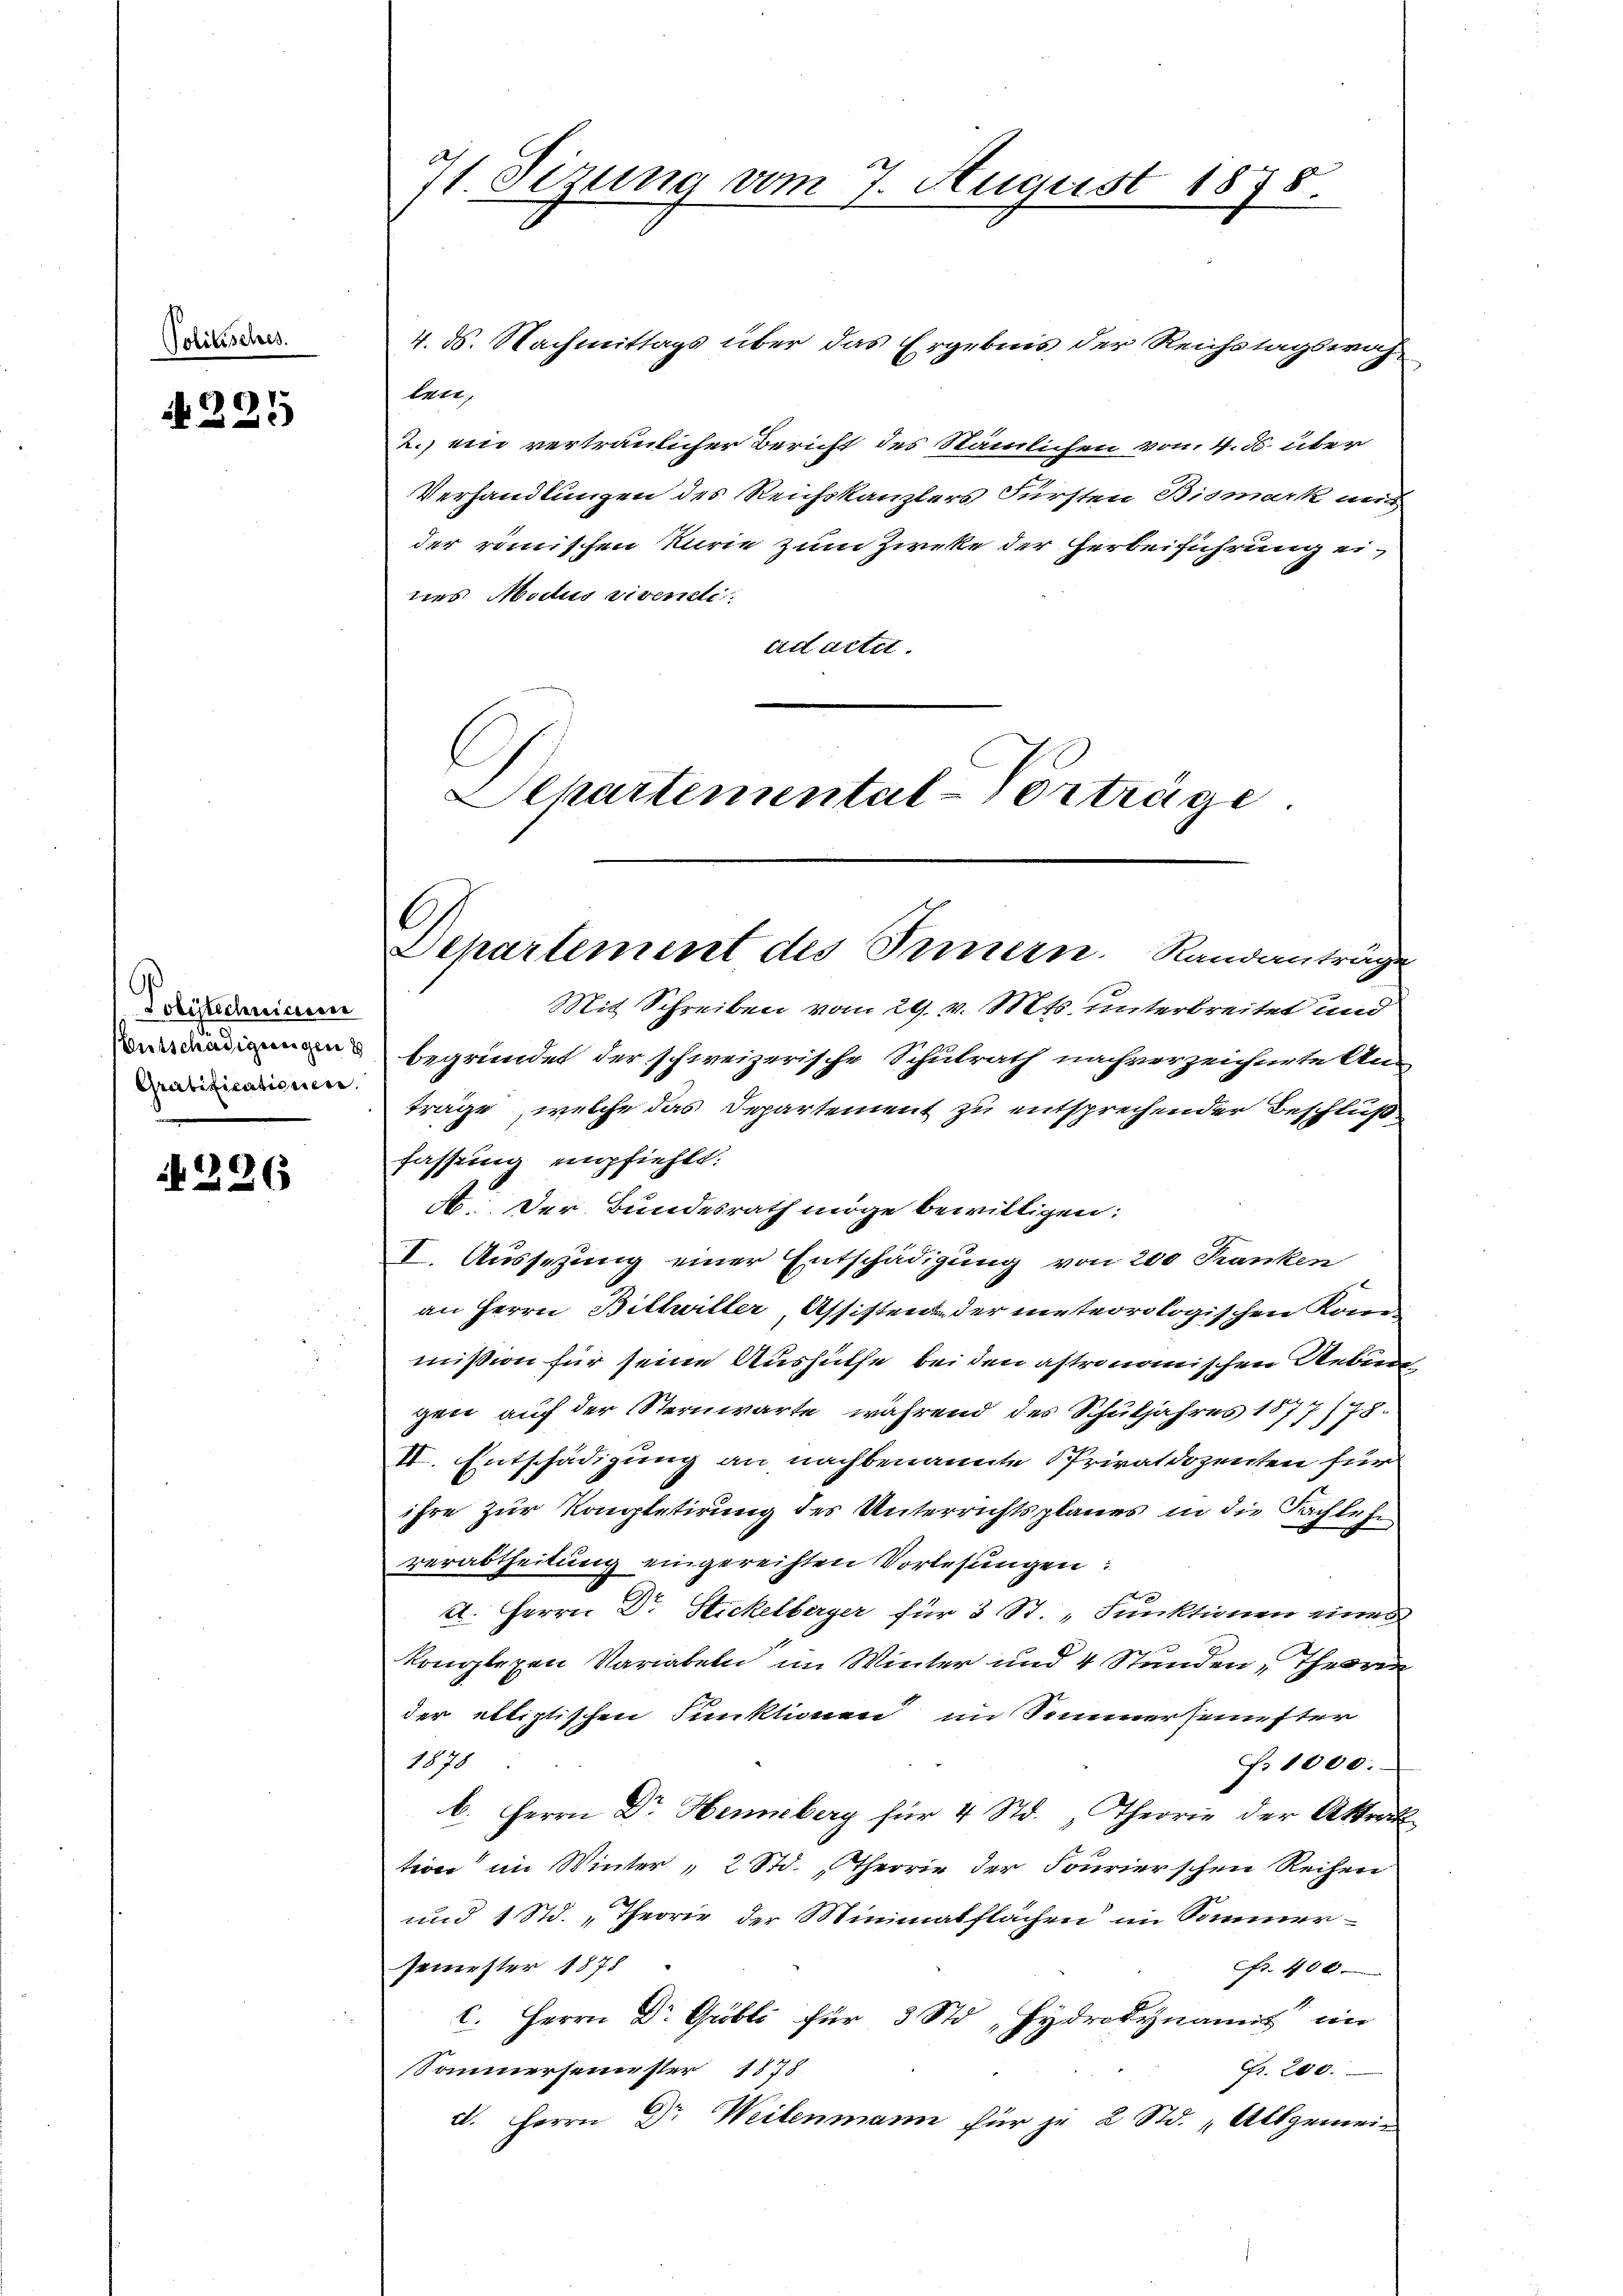
Politisches.

A 225

Polytechnicum
Gratificationen.

226

71. Sizung vom 7. August 1878.

4. ds. Nachmittags über das Ergebnis der Reichstagswah
ten;
2.) ein vertraulicher Bericht des Stämmlichen vom 4. B. über
Verhandlungen des Reichskanzlers Fürsten Bismark aus
der römischen Kurie zum Zircke der Herbeiführung eines Modus viventi.
ad actet.
Eehartemental-Vorträge

C.
Departement des Innern. Randanträge

Mit Schreiben vom 29. v. Mts. unterbreitet und
n begründet der schweizerische Schulrath nachverzeichnete An-
träge, welche das Departement zu entsprechender Beschluß
fassung empfiehlt:
A. Der Bundesrath möge bewilligen:
I. Aussezung einer Entschädigung von 200 Franken
an Herrn Bittwiller, Assistenz der meteorologischen Kom-
mission für seine Aushülfe bei den astronomischen Reben
gen auf der Sternwarte, während des Schuljahres 1877/78.
c
II. Entschädigung an nachbenannte Privatdozenten für
ihre zur Kauptetirung des Unterrichtsplanes in die Sachlesen
verabtheilung eingereichten Vorlesungen:
2
4. Herrn Dr Stickelberger für 3 St. „Funktionen eines
konglegen Variabeln im Winter und 4 Stunden Theoren
der etliptischen Funktionen im Simmersemester
1870
§. 1000.
b. Herrn Dr. Henneberg für 4 Std. „Theorie der Attrak
teon im Winter 2 Std. Theorie der Fourierschen Reihen
und 1 Std. „Theorie der Minimalflächen im Sommer-
feuerster 1878
Fr. 406.
C. Herrn Dr. Gröbli für 3 St. Hydradynamis ein
Fr. 200.
Sommersemester 1878
d. Herrn Dr Weilenmann für je 2 Std. „Allgemein